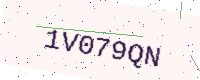
Text: 1V079QN